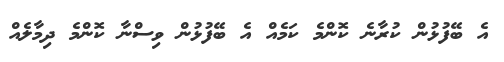
އެ ބޭފުޅުން ކުރާނެ ކޮންމެ ކަމެއް އެ ބޭފުޅުން ވިސްނާ ކޮންމެ ދިމާލެއް